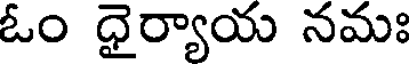
ఓం ధైర్యాయ నమః